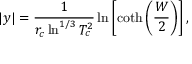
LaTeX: | y | = \frac { 1 } { r _ { c } \ln ^ { 1 / 3 } T _ { c } ^ { 2 } } \ln \left[ \coth \left( \frac { W } { 2 } \right) \right] ,